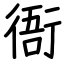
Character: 衙